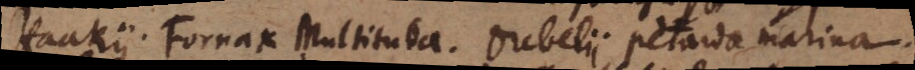
Haakii. Fornax Multituba. Drebelii petarda marina.